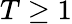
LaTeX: T\ge 1